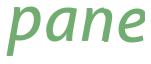
pane